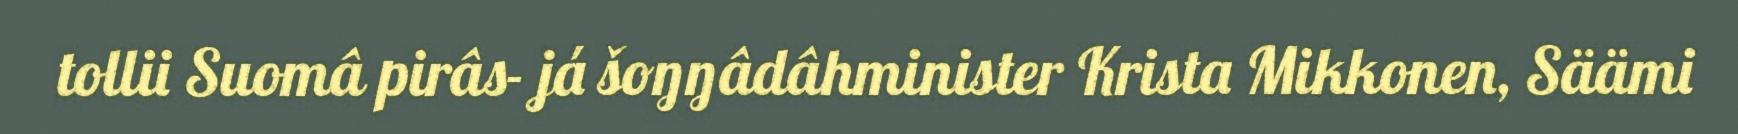
tollii Suomâ pirâs- já šoŋŋâdâhminister Krista Mikkonen, Säämi